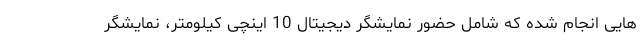
هایی انجام شده که شامل حضور نمایشگر دیجیتال 10 اینچی کیلومتر، نمایشگر